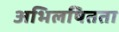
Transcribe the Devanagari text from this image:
अभिलषितता